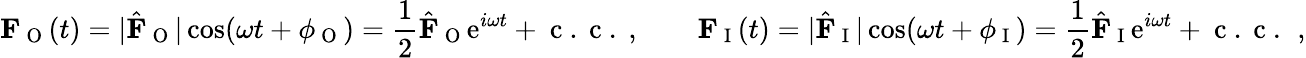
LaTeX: \mathbf{F}_{\mathrm{~O~}}(t)=|\hat{\mathbf{F}}_{\mathrm{~O~}}|\cos(\omega t+\phi_{\mathrm{~O~}})=\frac{1}{2}\hat{\mathbf{F}}_{\mathrm{~O~}}\mathrm{e}^{i\omega t}+\mathrm{~c~.~c~.~},\qquad\mathbf{F}_{\mathrm{~I~}}(t)=|\hat{\mathbf{F}}_{\mathrm{~I~}}|\cos(\omega t+\phi_{\mathrm{~I~}})=\frac{1}{2}\hat{\mathbf{F}}_{\mathrm{~I~}}\mathrm{e}^{i\omega t}+\mathrm{~c~.~c~.~}\, ,